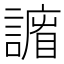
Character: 𧫨